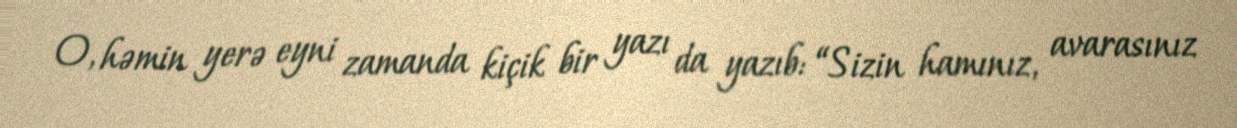
O, həmin yerə eyni zamanda kiçik bir yazı da yazıb: “Sizin hamınız, avarasınız